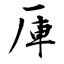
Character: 厙